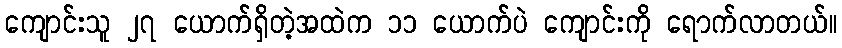
ကျောင်းသူ ၂၇ ယောက်ရှိတဲ့အထဲက ၁၁ ယောက်ပဲ ကျောင်းကို ရောက်လာတယ်။